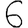
Digit: 6